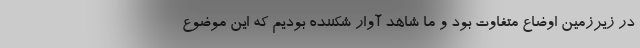
در زیرزمین اوضاع متفاوت بود و ما شاهد آوار شکننده بودیم که این موضوع